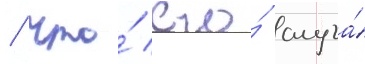
/ что́ его́ слуга́